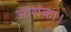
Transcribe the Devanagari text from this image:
आशंका।